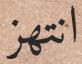
انتھز